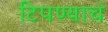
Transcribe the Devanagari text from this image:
टिपण्याचं